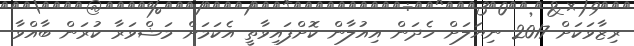
ރިޒާވަކަށް 2017 ނިޔަލަށް ހެދަން އިއުލާން ކޮށްފައިވާތީ އެކަމަށް މަޝްވަރާ ކުރަން ބާއްވާ